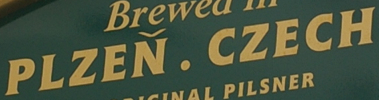
PLZEN. CZECH